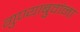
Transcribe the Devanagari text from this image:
गुण्याबुवांना